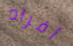
أفراد